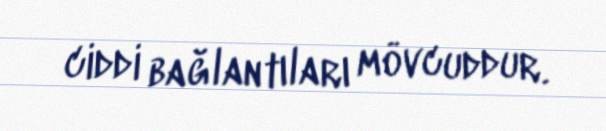
ciddi bağlantıları mövcuddur.